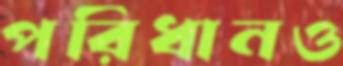
পরিধানও